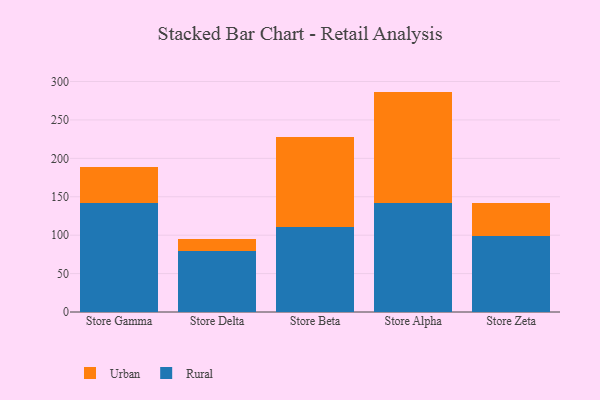
{"axis": {"x": "Store", "y": "Humidity (%)"}, "legend": ["Rural", "Urban"], "data": [{"x": "Store Gamma", "y": 142.3, "type": "Rural"}, {"x": "Store Gamma", "y": 46.4, "type": "Urban"}, {"x": "Store Delta", "y": 79.8, "type": "Rural"}, {"x": "Store Delta", "y": 15.1, "type": "Urban"}, {"x": "Store Beta", "y": 110.9, "type": "Rural"}, {"x": "Store Beta", "y": 116.3, "type": "Urban"}, {"x": "Store Alpha", "y": 141.6, "type": "Rural"}, {"x": "Store Alpha", "y": 145.3, "type": "Urban"}, {"x": "Store Zeta", "y": 99.4, "type": "Rural"}, {"x": "Store Zeta", "y": 42.8, "type": "Urban"}]}